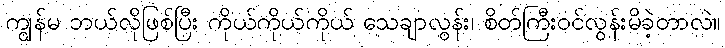
ကျွန်မ ဘယ်လိုဖြစ်ပြီး ကိုယ်ကိုယ်ကိုယ် သေချာလွန်း၊ စိတ်ကြီးဝင်လွန်းမိခဲ့တာလဲ။